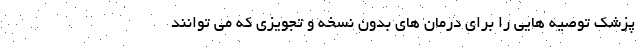
پزشک توصیه هایی را برای درمان های بدون نسخه و تجویزی که می توانند